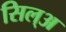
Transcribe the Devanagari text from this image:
सिल्‌अ